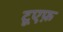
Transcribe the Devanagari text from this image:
टूएफ़